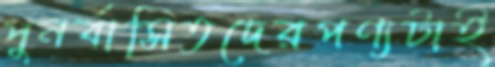
পুনর্বাসিতদেরপণ্যটাই